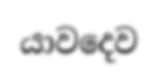
යාවදෙව